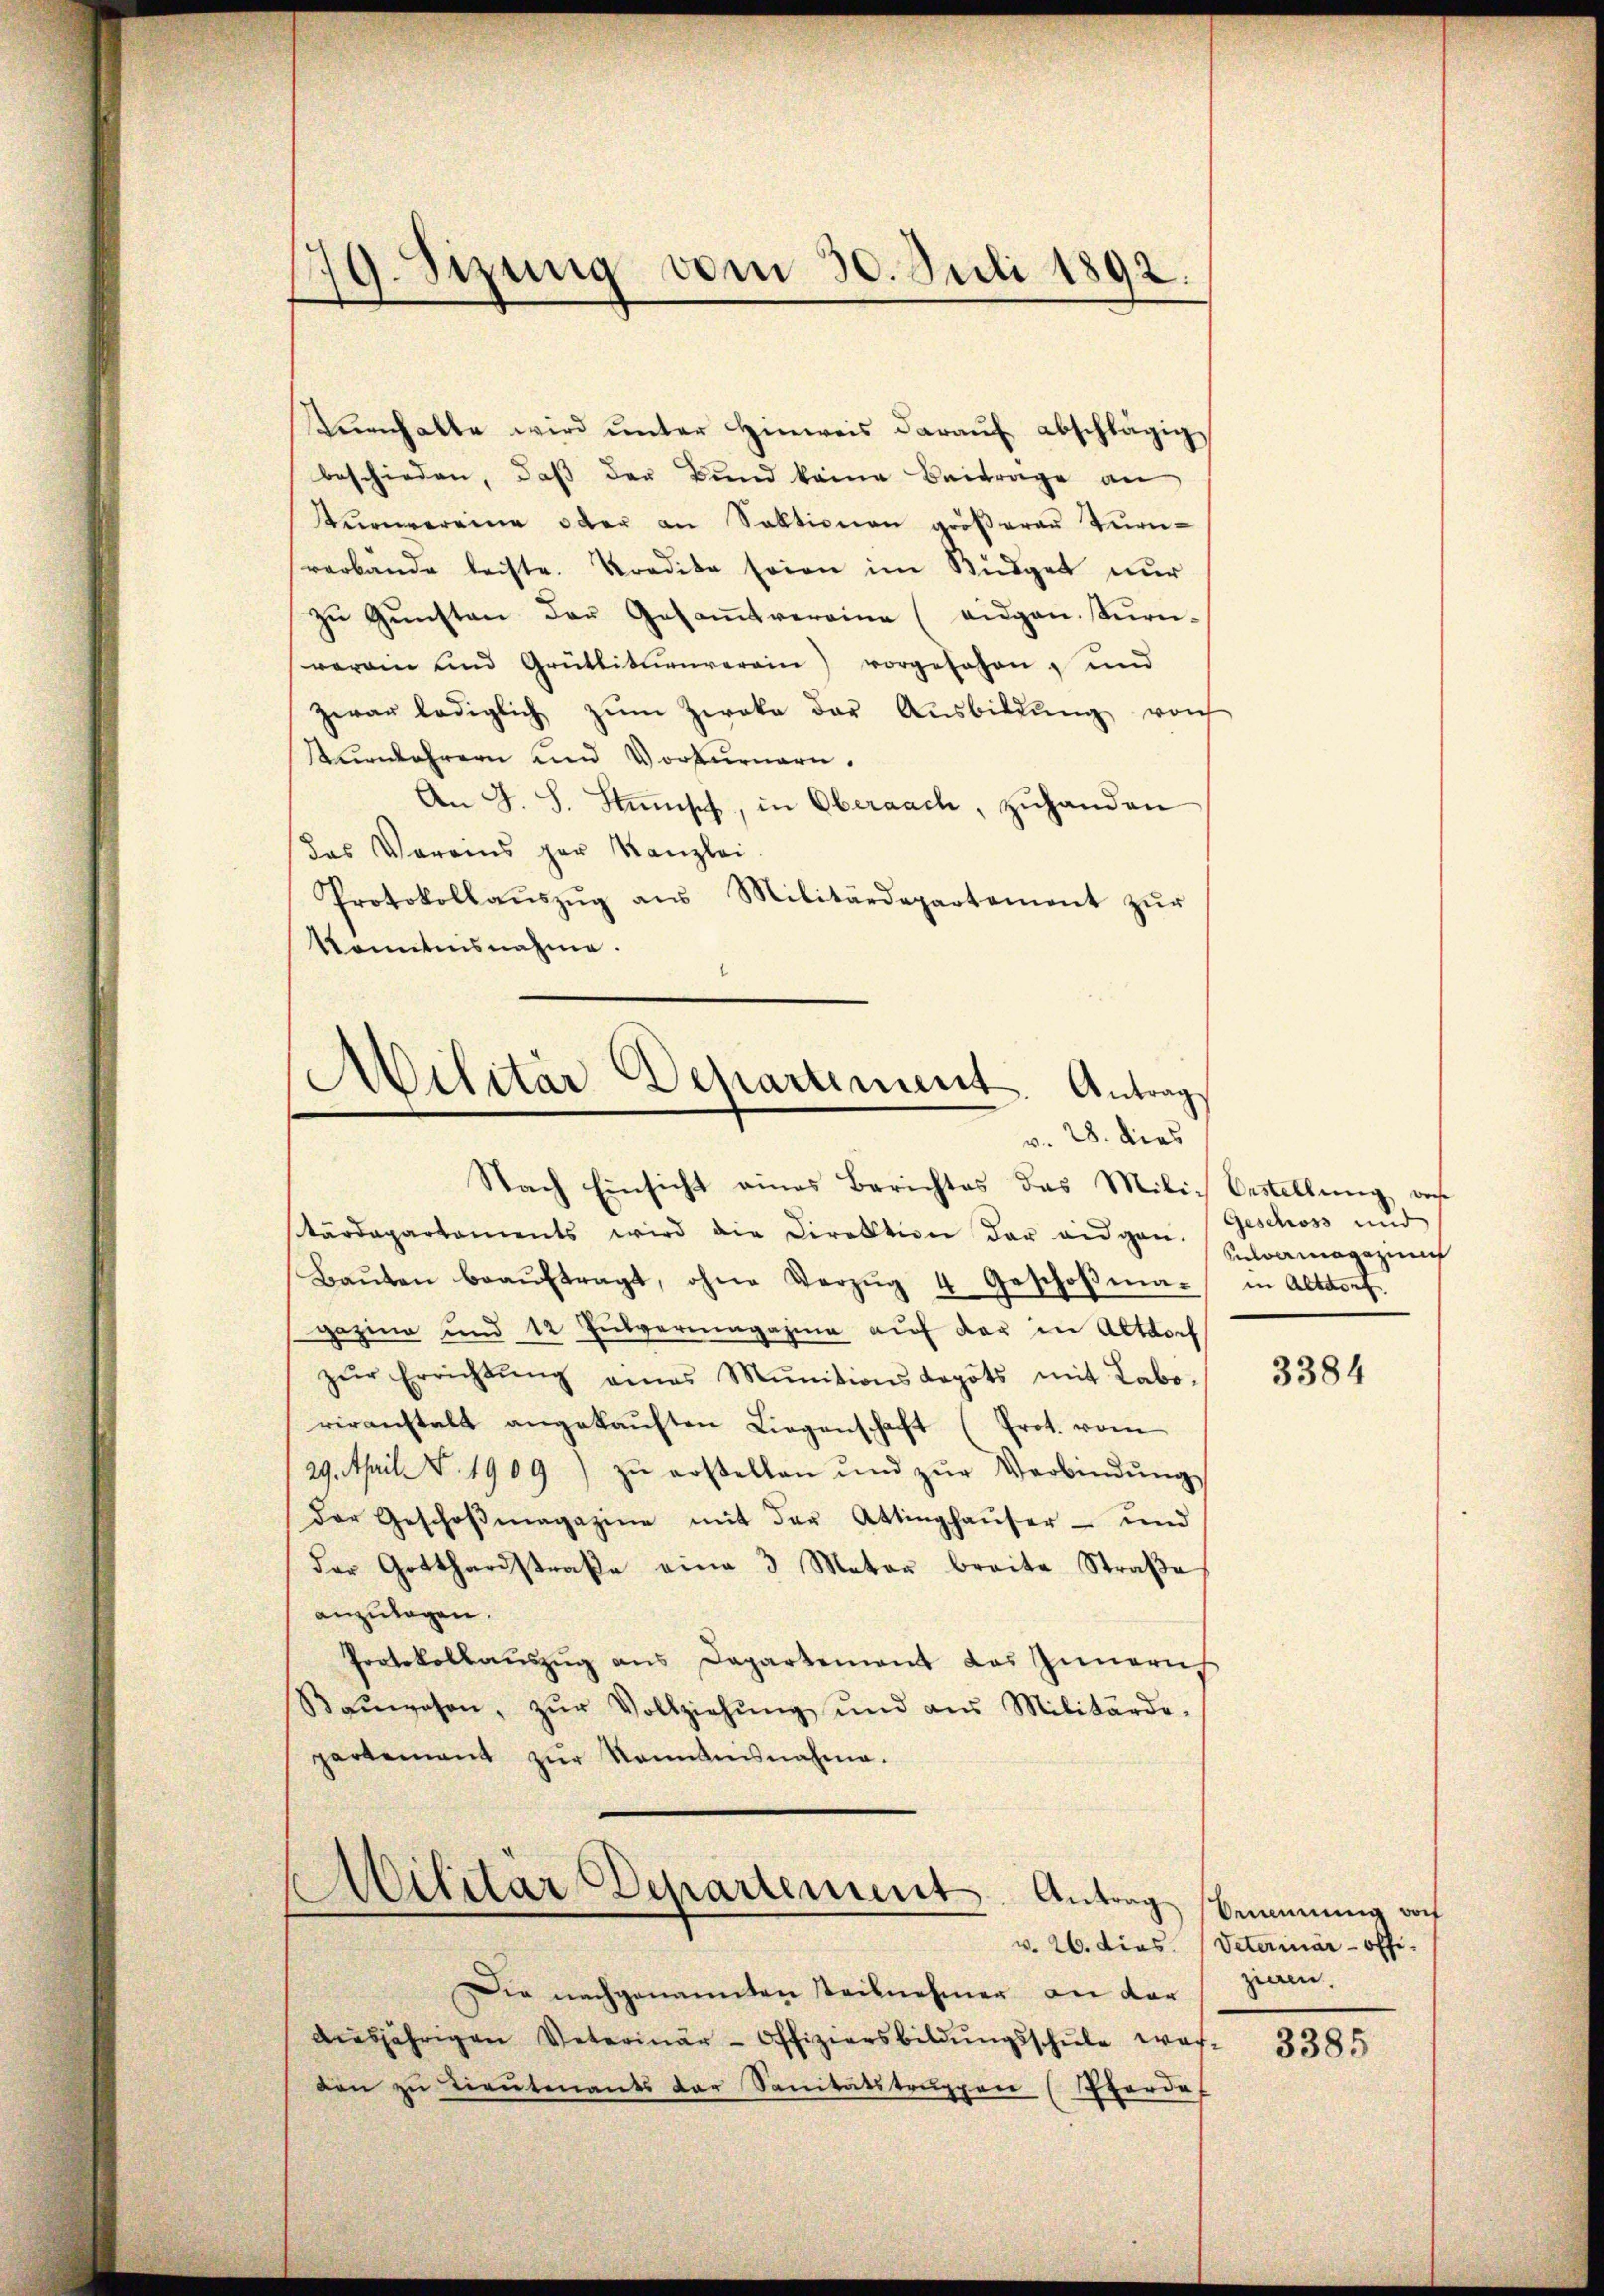
79. Sizung vom 30. Juli 1892.

Kunhalte wird ŭnter Hinweis daraŭf abschlägig
beschieden, daβ der Bund keine Beitrage an
urnvereine oder an Sektionen größerer Turn-
verbände leiste. Kredita seien im Büdget nur
zŭ Gŭnsten der Gesaṁtvereine (vidgan. Kŭrn-
verain und Grütlitŭenverein) vorgesehen, und
zwar lediglich zum Zweke der Ausbildŭng vorh
Tŭrnkehrern und Vorkurnern.
An J. S. Stumpf, in Oberaach, zuhanden
das Vereins par Kanzlei.
Protokollaŭszŭg aŭs Militärdepartement zŭr
konntensnahme.

Militär Departement. Antrage
v. 28. dies

Nach Einsicht eines Berichtes das Milich Bestellung vorhe
tärdepartaments wird die Direktion der eidgen. (Geschoss und
Baŭten beaŭftragt, ohne Verzŭg 4 Geschoβma- in Altdorf.
gazin und 12 Jutvermagazin auf der in Altdorf
zŭr Errichtŭng eines Mŭnitions depots mit Labo-
veranstalt angekaŭften Liegenschaft (Prot. vom
29. April d. 1909) zŭ roselben und zŭr Verbindŭng
Der Geschoβmagazine mit der Attinghaŭser- und
der Gotthardstraße eine 3 Mater breite Straße
anzulagen.
Protokollaŭszŭg ans Departement das Innern
Baŭwesen, zŭr Vollziehŭng und aus Militärde-
partement zŭr Kenntnisnahme.

.
Militar Departement

Die nachgenannten Steilnehmer an dar
aŭsjährigen Veterinär-Offiziersbildŭngsschŭle war,
den zu Lieutenants der Sanitätstruppen (Pferde

Anvermagazin

3384

Antrag benung von
v. 26. dies. (Veterinär-Offi-
zieren,

3385